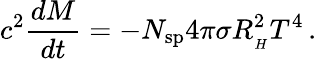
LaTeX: c^{2}\frac{dM}{dt}=-N_{\mathrm{sp}}4\pi\sigma R_{_{H}}^{2}T^{4}\, .